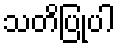
သတိပြုပါ